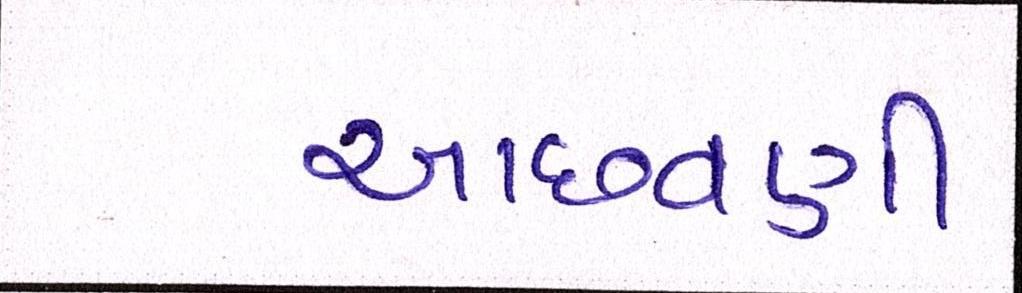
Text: આછવણી